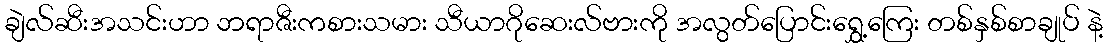
ချဲလ်ဆီးအသင်းဟာ ဘရာဇီးကစားသမား သီယာဂိုဆေးလ်ဗားကို အလွတ်ပြောင်းရွှေ့ကြေး တစ်နှစ်စာချုပ် နဲ့